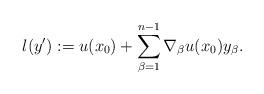
LaTeX: \begin{align*}l (y') := u (x_0) + \sum_{\beta = 1}^{n-1} \nabla_\beta u (x_0) y_\beta.\end{align*}